Civil Veterinary Department. United Provinces 1923-31 - 1923-1931
Year: 1923
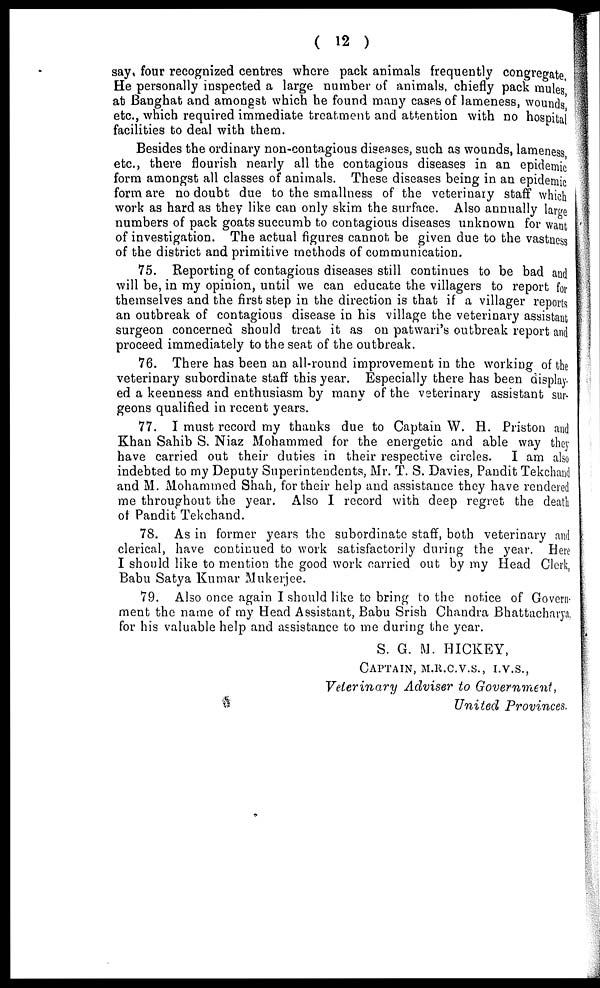
( 12 )
say four recognized centres where pack animals frequently congregate,
He personally inspected a large number of animals, chiefly pack mules,
at Banghat and amongst which he found many cases of lameness, wounds,
etc., which required immediate treatment and attention with no hospital
facilities to deal with them.
Besides the ordinary non-contagious diseases, such as wounds, lameness
etc., there flourish nearly all the contagious diseases in an epidemic
form amongst all classes of animals. These diseases being in an epidemic
form are no doubt due to the smallness of the veterinary staff which
work as hard as they like can only skim the surface. Also annually large
numbers of pack goats succumb to contagious diseases unknown for want
of investigation. The actual figures cannot be given due to the vastness
of the district and primitive methods of communication.
75. Reporting of contagious diseases still continues to be bad and
will be, in my opinion, until we can educate the villagers to report for
themselves and the first step in the direction is that if a villager reports
an outbreak of contagious disease in his village the veterinary assistant
surgeon concerned should treat it as on patwari's outbreak report and
proceed immediately to the seat of the outbreak.
76. There has been an all-round improvement in the working of the
veterinary subordinate staff this year. Especially there has been display-
ed a keenness and enthusiasm by many of the veterinary assistant sur-
geons qualified in recent years.
77. I must record my thanks due to Captain W. H. Priston and
Khan Sahib S. Niaz Mohammed for the energetic and able way they
have carried out their duties in their respective circles. I am also
indebted to my Deputy Superintendents, Mr. T. S. Davies, Pandit Tekchand
and M. Mohammed Shah, for their help and assistance they have rendered
me throughout the year. Also I record with deep regret the death
of Pandit Tekchand.
78. As in former years the subordinate staff, both veterinary and
clerical, have continued to work satisfactorily during the year. Here
I should like to mention the good work carried out by my Head Clerk,
Babu Satya Kumar Mukerjee.
79. Also once again I should like to bring to the notice of Govern-
ment the name of my Head Assistant, Babu Srish Chandra Bhattacharya,
for his valuable help and assistance to me during the year.
S. G. M. HICKEY,
CAPTAIN, M.R.C.V.S., I.V.S.,
Veterinary Adviser to Government,
United Provinces.